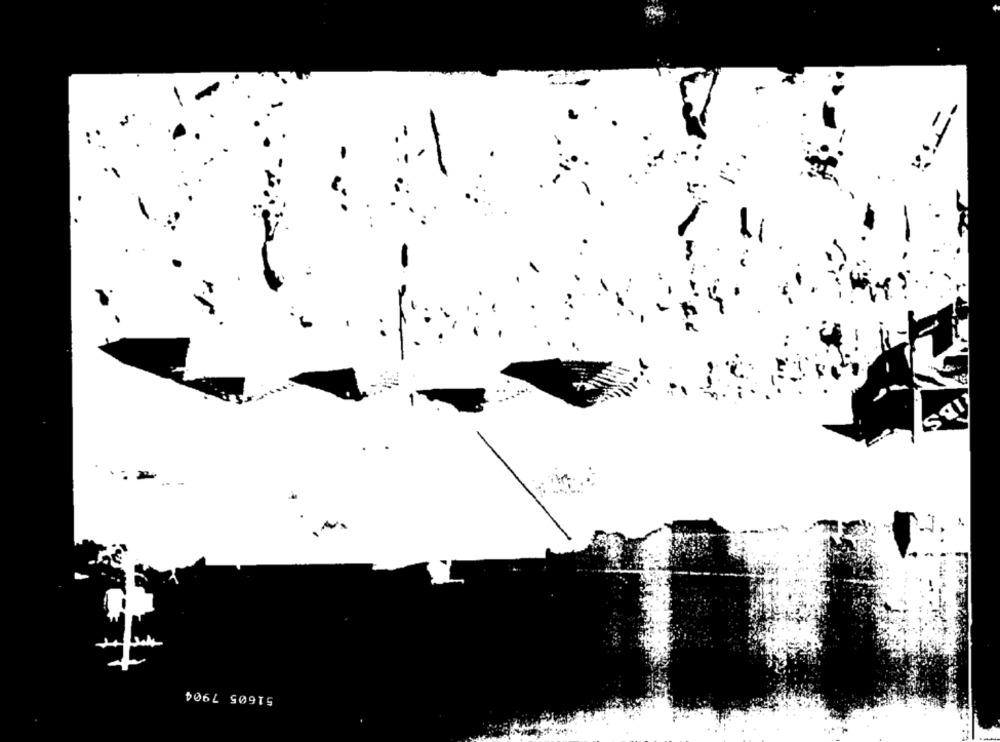
IBS
51605 7904